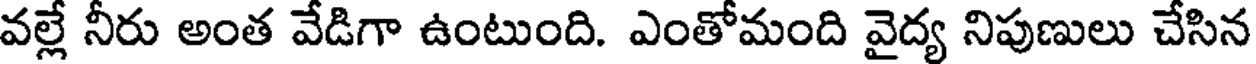
వల్లే నీరు అంత వేడిగా ఉంటుంది. ఎంతోమంది వైద్య నిపుణులు చేసిన